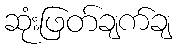
ဆုံးဖြတ်ချက်ချ